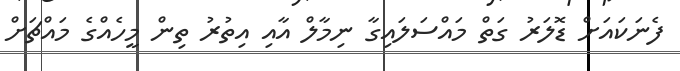
ފެނަކައަށް ޑޮލަރު ގަތް މައްސަލައިގާ ނިމާލް އާއި އިތުރު ތިން މީހެއްގެ މައްޗަށް